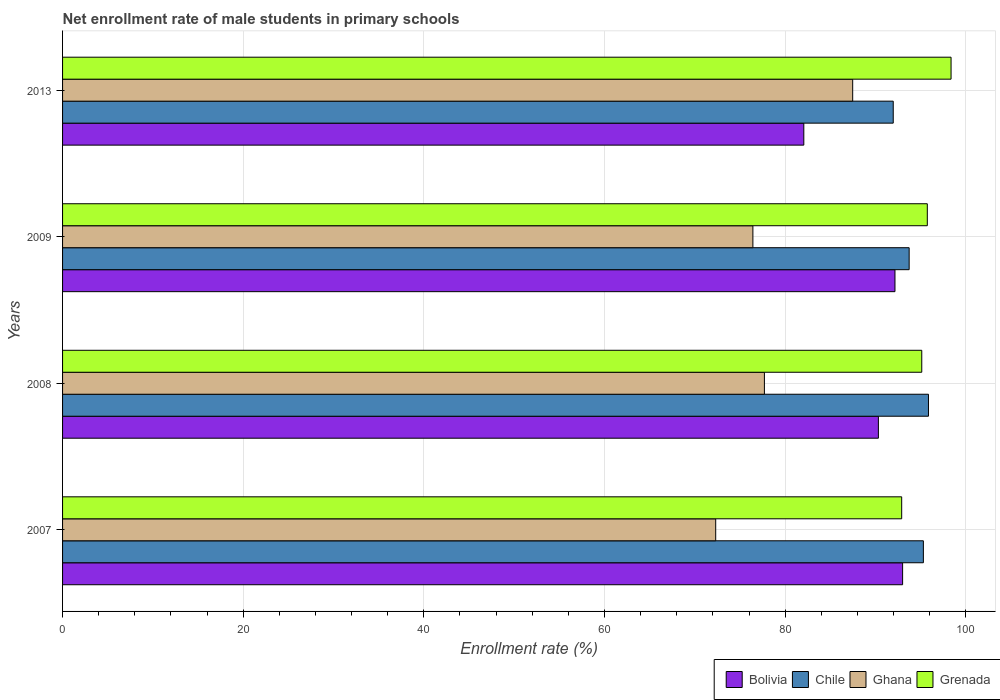
| Years | Bolivia | Chile | Ghana | Grenada |
 | --- | --- | --- | --- | --- |
 | 2007 | 93 | 95.3 | 72.3 | 92.9 |
 | 2008 | 90.3 | 95.9 | 77.7 | 95.1 |
 | 2009 | 92.2 | 93.7 | 76.4 | 95.7 |
 | 2013 | 82.1 | 92 | 87.5 | 98.4 |